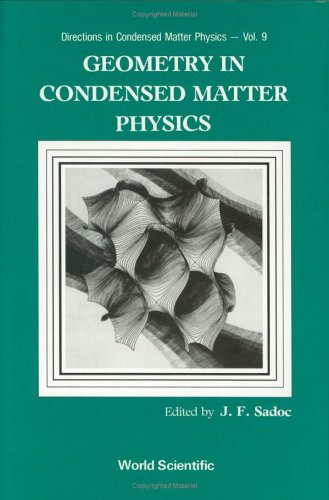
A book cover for Geometry in Condensed Matter Physics (Directions in Condensed Matter Physics); Science & Math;